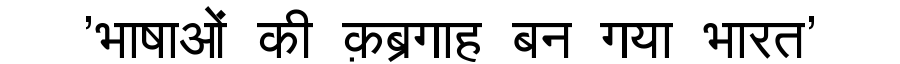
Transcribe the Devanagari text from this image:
'भाषाओं की क़ब्रगाह बन गया भारत'